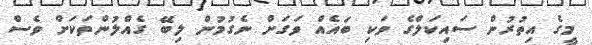
މީގެ އިތުރުން ސައިކަލްގެ ވަކި ބައެއް ވަގަށް ނެގުމުން ލިބޭ ގެއްލުންތަކަށް ވެސް